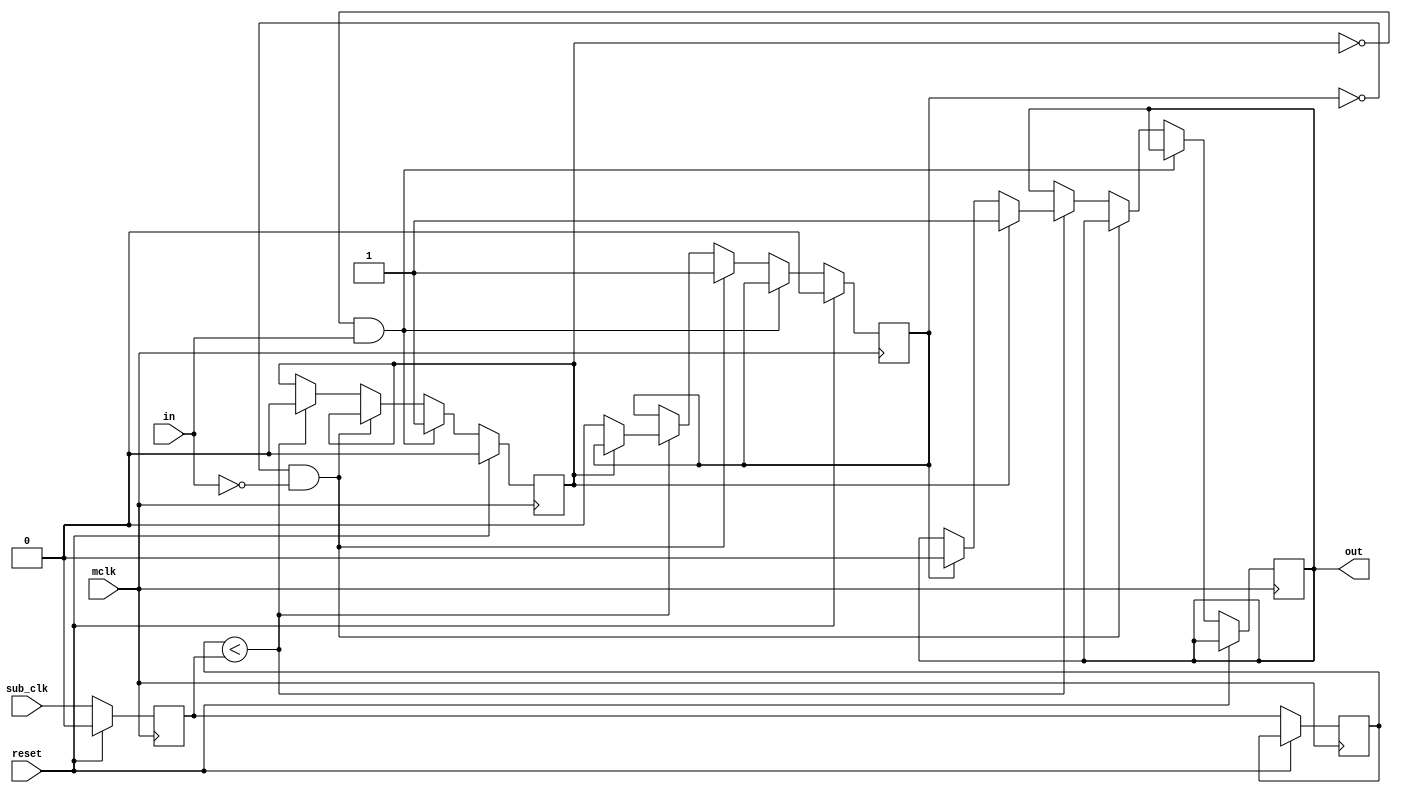
//from a strobe as small as mclk, make a pulse as wide as 2 sub_clk
module strobe2clk(reset, mclk, sub_clk, in, out);
    input reset, mclk, sub_clk, in;
    output reg out;

    reg in_r, in_f;
    reg prev_sub, prev_sub_;

    wire sub_r = prev_sub_<prev_sub;
    wire sub_f = prev_sub_>prev_sub;
    always @(posedge mclk)
    begin
        if (reset)
        begin
            in_r <= 1'b0;
            in_f <= 1'b0;
            prev_sub <= 1'b0;
        end else begin
            prev_sub <= sub_clk;
            prev_sub_ <= prev_sub;
            if (!in_r && in) in_r <= 1'b1;
            else if (!in_f && !in) in_f <= 1'b1;
            else if (prev_sub_<prev_sub) begin//rising edge
                if (in_r) begin
                    out <= 1'b1;
                    in_r <= 1'b0;
                end else if (in_f) begin
                    out <= 1'b0;
                    in_f <= 1'b0;
                end
            end
        end
    end

endmodule